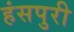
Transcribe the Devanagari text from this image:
हंसपुरी